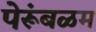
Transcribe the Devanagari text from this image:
पेरूंबळम